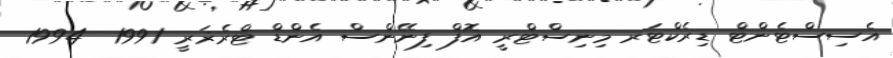
އެސިސްޓެންޓް ޑިރެކްޓަރ މިނިސްޓްރީ އޮފް ފިނޭންސް އެންޑް ޓްރެޜަރީ 1991  1994